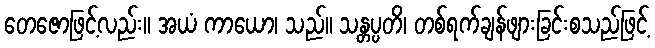
တေဇောဖြင့်လည်း။ အယံ ကာယော၊ သည်။ သန္တပ္ပတိ၊ တစ်ရက်ချန်ဖျားခြင်းစသည်ဖြင့်